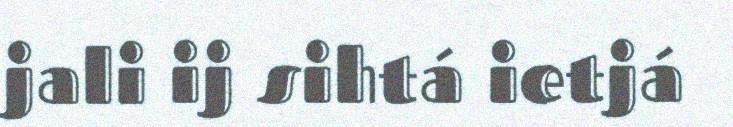
jali ij sihtá ietjá